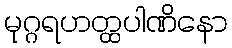
မုဂ္ဂရဟတ္ထပါဏိနော